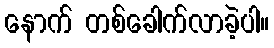
နောက် တစ်ခေါက်လာခဲ့ပါ။